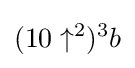
(10\uparrow ^{2})^{3}b